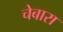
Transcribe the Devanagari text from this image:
चेबारा